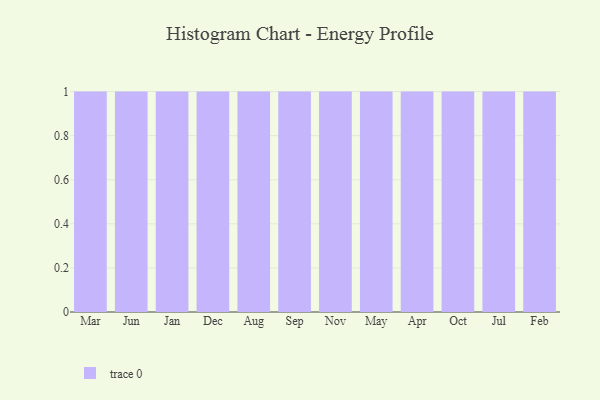
{"axis": {"x": "Month", "y": "Inventory Turnover"}, "legend": [""], "data": [{"x": "Mar", "y": 76, "type": ""}, {"x": "Jun", "y": 31, "type": ""}, {"x": "Jan", "y": 86, "type": ""}, {"x": "Dec", "y": 88, "type": ""}, {"x": "Aug", "y": 49, "type": ""}, {"x": "Sep", "y": 58, "type": ""}, {"x": "Nov", "y": 68, "type": ""}, {"x": "May", "y": 94, "type": ""}, {"x": "Apr", "y": 90, "type": ""}, {"x": "Oct", "y": 42, "type": ""}, {"x": "Jul", "y": 78, "type": ""}, {"x": "Feb", "y": 40, "type": ""}]}